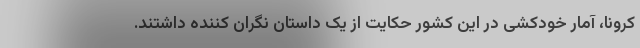
کرونا، آمار خودکشی در این کشور حکایت از یک داستان نگران کننده داشتند.